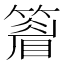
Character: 𥴔